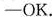
— OK.